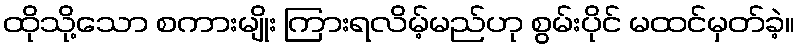
ထိုသို့သော စကားမျိုး ကြားရလိမ့်မည်ဟု စွမ်းပိုင် မထင်မှတ်ခဲ့။